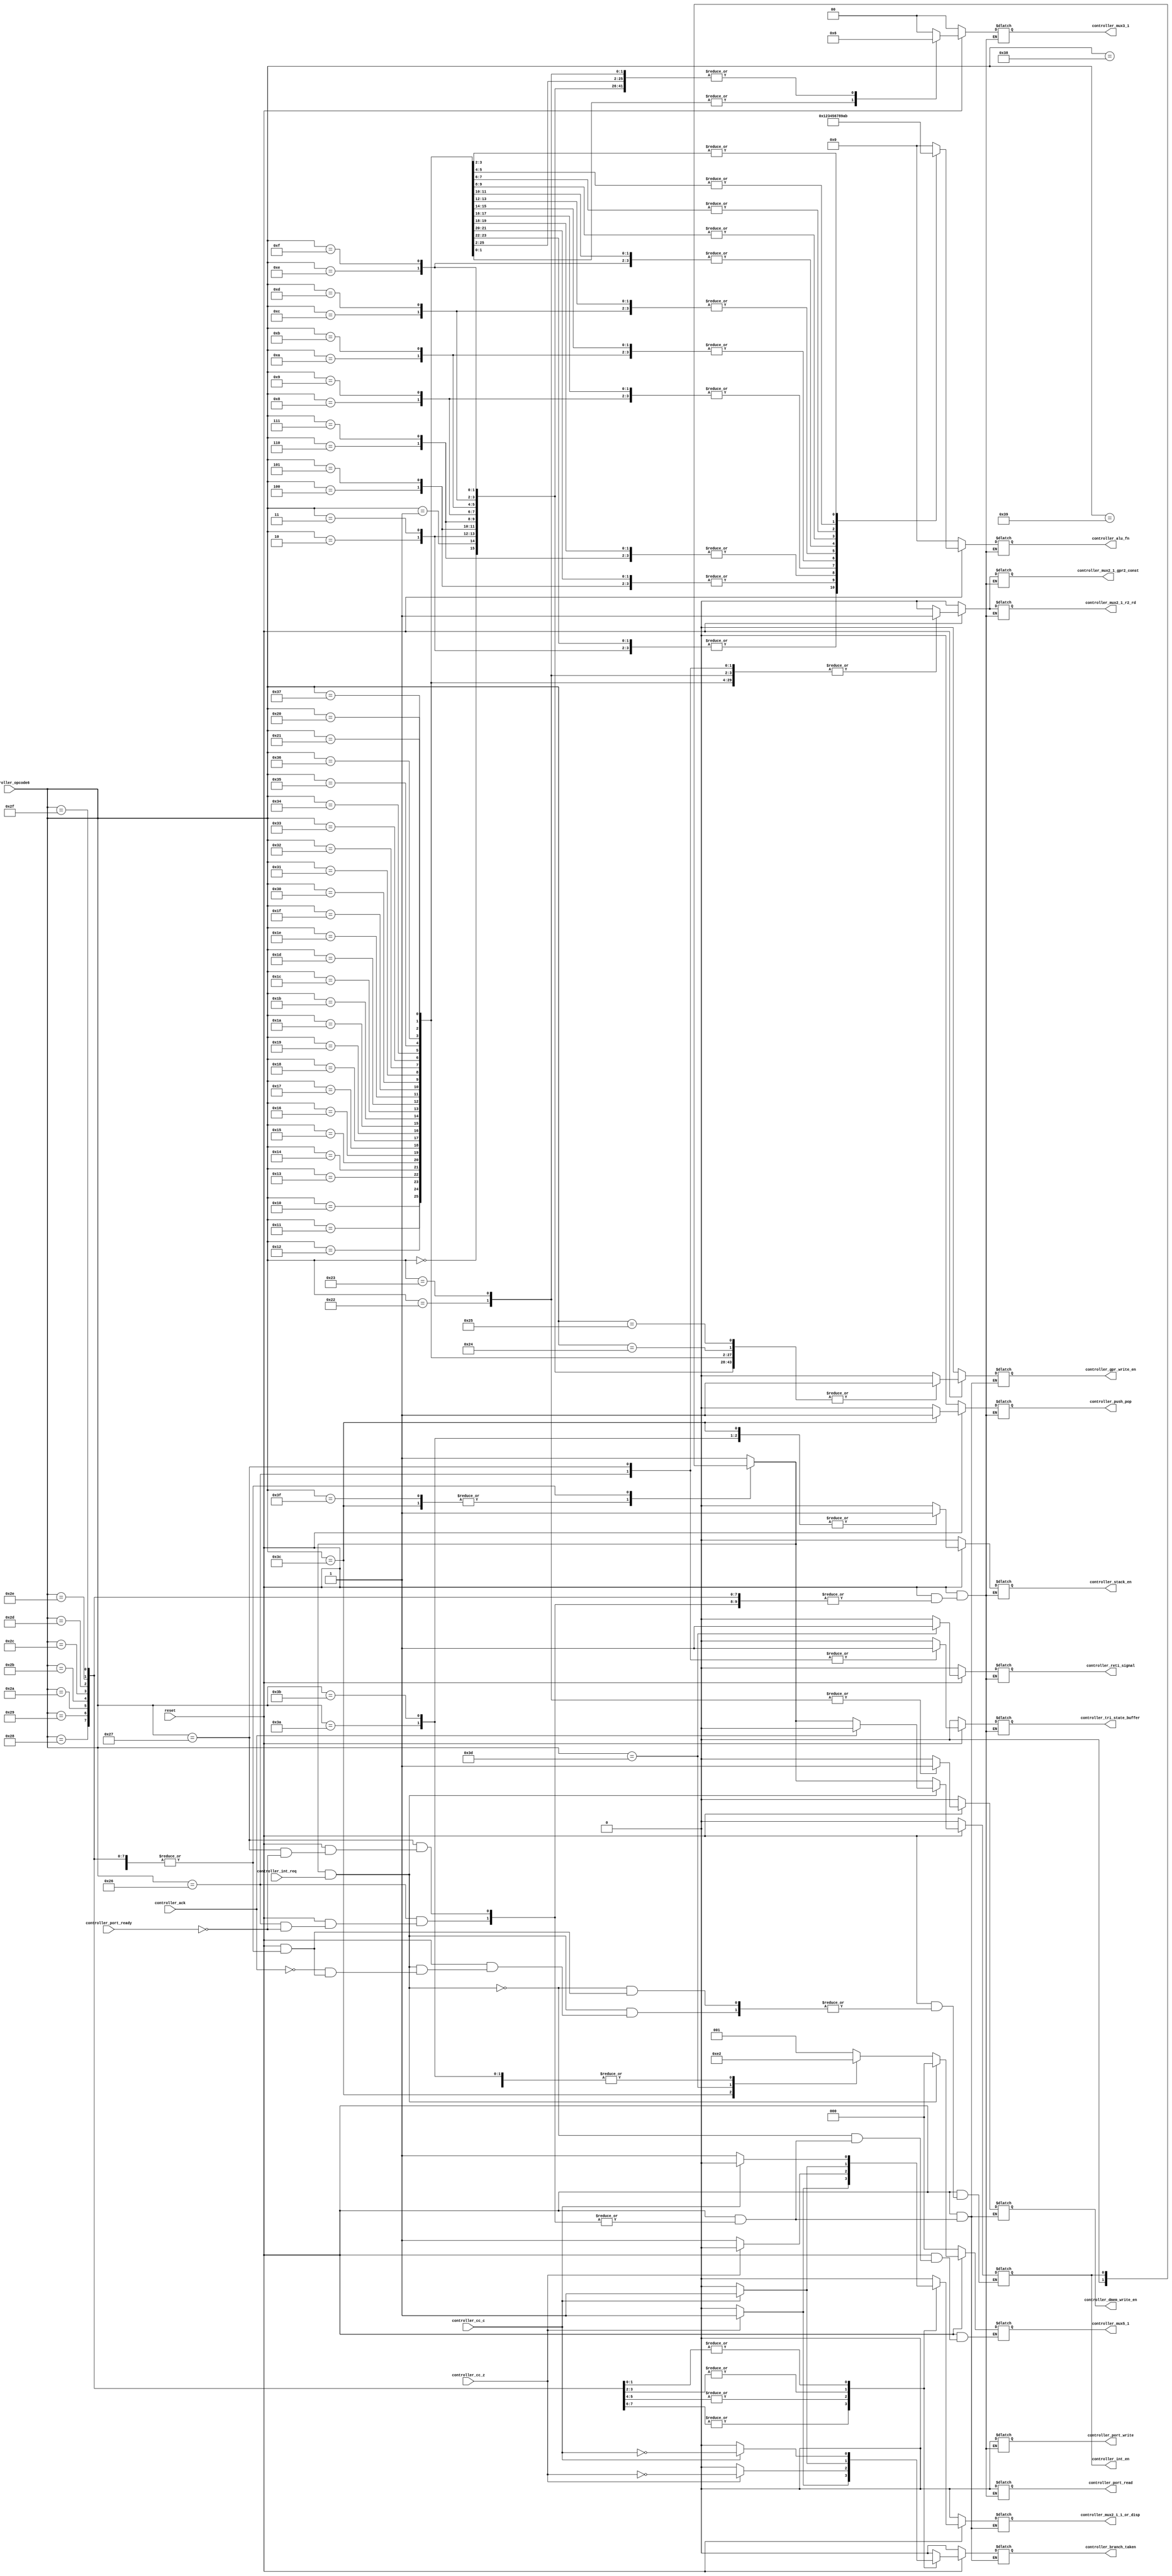
`timescale 1ps/1ps
module controller(
                  reset,
                  controller_opcode6,
                  controller_cc_z,
                  controller_cc_c,
                  controller_int_req,
                  controller_alu_fn,
                  controller_dmem_write_en,
                  controller_mux2_1_1_or_disp,
                  controller_mux5_1,
                  controller_mux2_1_r2_rd,
                  controller_mux3_1,
                  controller_mux2_1_gpr2_const,
                  controller_gpr_write_en,
                  controller_reti_signal,
                  controller_int_en,
                  controller_port_read,
                  controller_port_write,
                  controller_push_pop,
                  controller_tri_state_buffer,
						controller_port_ready,
						controller_ack,
						controller_stack_en,
						controller_branch_taken);

parameter opcode6_width = 6;
parameter alu_fn_width  = 4;

///////////// Default /////////////

parameter d_alu_fn 				= 3'b000;
parameter d_dmem_write_en 	   = 1'b0;
parameter d_mux2_1_1_or_disp  = 1'b0;
parameter d_mux5_1 				= 3'b001;
parameter d_mux2_1_r2_rd 		= 1'b0;
parameter d_mux3_1 				= 2'b00;
parameter d_mux2_1_gpr2_const = 1'b0;
parameter d_gpr_write_en 		= 1'b0;
parameter d_reti_signal 		= 1'b0;
parameter d_int_en 				= 1'b0;
parameter d_port_write 			= 1'b0;
parameter d_port_read 			= 1'b0;
parameter d_push_pop 			= 1'b0;
parameter d_tri_state_buffer  = 1'b0;
parameter d_stack_en 			= 1'b0;
parameter d_branch_taken      = 1'b0;

///////////// Default /////////////

//input                      clk;
input                      reset;
input  [opcode6_width-1:0] controller_opcode6;// [ 5 | 4 | 3 | 2 | 1 | 0 ]
input                      controller_cc_z;
input                      controller_cc_c;
input                      controller_int_req;
input								controller_port_ready;
input                      controller_ack;
 
output [alu_fn_width-1:0]  controller_alu_fn;
output                     controller_dmem_write_en;
output         [1-1:0]     controller_mux2_1_1_or_disp;
output         [3-1:0]     controller_mux5_1;
output         [1-1:0]     controller_mux2_1_r2_rd;
output         [2-1:0]     controller_mux3_1;
output         [1-1:0]     controller_mux2_1_gpr2_const;
output                     controller_gpr_write_en;
output                     controller_reti_signal;
output                     controller_int_en;
output                     controller_port_write;
output                     controller_port_read;
output                     controller_push_pop;
output                     controller_tri_state_buffer;
output                     controller_stack_en;
output                     controller_branch_taken;

reg    [alu_fn_width-1:0]  controller_alu_fn; // 00 and 01
                           // 4'b0000 ADD
                           // 4'b0001 ADD_C
                           // 4'b0010 SUB
                           // 4'b0011 SUB_C
                           // 4'b0100 AND
                           // 4'b0101 OR
                           // 4'b0110 XOR
                           // 4'b0111 MSK
                           
                           // 4'b1000 Shift Left
                           // 4'b1001 Shift Right
                           // 4'b1010 Rotate Left
                           // 4'b1011 Rotate Right

reg                        controller_dmem_write_en;
reg         [1-1:0]        controller_mux2_1_1_or_disp; 
                           // 0: 1 for increment programcounter 
                           // 1: disp for branch
                          
reg         [3-1:0]        controller_mux5_1;
                           // 0: 1 for interrupt 
                           // 1: feedback current pc value + 1:: default
                           // 2: pc_address for jump instruction
                           // 3: return pc_address from stack
                           // 4: return pc_address from interrupt
                          
reg         [1-1:0]        controller_mux2_1_r2_rd;
                           // 0: instruction address_r2 to GPR address_r2 :: default
                           // 1: instruction address_rd to GPR address_r2
                          
reg         [2-1:0]        controller_mux3_1;
                           // 0: write value from port_data input for INP
                           // 1: write value from dmem_out LDM
                           // 2: write value from alu_result STM
      
reg         [1-1:0]        controller_mux2_1_gpr2_const;
                           // 0: gpr2 selected :: default
                           // 1: const selected
reg                        controller_gpr_write_en;
reg                        controller_reti_signal;
reg                        controller_int_en;
reg								controller_int_en_temp; //Internal Reg
reg                        controller_port_write;
reg                        controller_port_read;
reg                        controller_push_pop;
                           //0 : push
                           //1 : pop
reg                        controller_tri_state_buffer;

reg                        controller_branch_taken;

reg                        controller_stack_en;


always@(				reset 							 or
                  controller_opcode6			 or
                  controller_cc_z				 or
                  controller_cc_c	   		 or
                  controller_int_req			 or
                  controller_alu_fn				 or
                  controller_dmem_write_en 	 or
                  controller_mux2_1_1_or_disp or
                  controller_mux5_1				 or
                  controller_mux2_1_r2_rd		 or
                  controller_mux3_1				 or
                  controller_mux2_1_gpr2_const or
                  controller_gpr_write_en or
                  controller_reti_signal or
                  controller_int_en or
                  controller_port_read or
                  controller_port_write or
                  controller_push_pop or
                  controller_tri_state_buffer or
						controller_port_ready or
						controller_ack or
						controller_stack_en or
						controller_branch_taken)
begin
    if(!reset)
    begin
      controller_alu_fn            = 3'b000;
      controller_dmem_write_en     = 1'b0;
      controller_mux2_1_1_or_disp  = 1'b0;
      controller_mux5_1            = 3'b000;
      controller_mux2_1_r2_rd      = 1'b0;
      controller_mux3_1            = 2'b00;
      controller_mux2_1_gpr2_const = 1'b0;
      controller_gpr_write_en      = 1'b0;
      controller_reti_signal       = 1'b0;
      controller_int_en            = 1'b0;
      controller_port_write        = 1'b0;
      controller_port_read         = 1'b0;
      controller_push_pop          = 1'b0;
      controller_tri_state_buffer  = 1'b0;
      controller_stack_en          = 1'b0;
      controller_branch_taken	     = 1'b0;
    end
    
    else
    begin
    $display("OPCODE: %b", controller_opcode6);
	 
    case(controller_opcode6)	 
      6'b111110 : begin
                    $display("Miscellaneous : ENAI");
						  controller_alu_fn 				 = d_alu_fn;           
						  controller_dmem_write_en 	 = d_dmem_write_en;   
						  controller_mux2_1_1_or_disp  = d_mux2_1_1_or_disp;
						  controller_mux5_1 				 = 3'b001;          
						  controller_mux2_1_r2_rd 		 = d_mux2_1_r2_rd;    
						  controller_mux3_1 				 = d_mux3_1;          
						  controller_mux2_1_gpr2_const = d_mux2_1_gpr2_const;
						  controller_gpr_write_en 		 = d_gpr_write_en;    
						  controller_reti_signal 		 = 1'b0;      
						  controller_int_en 				 = 1'b1;       
						  controller_port_write 		 = d_port_write;      
						  controller_port_read 			 = d_port_read;       
						  controller_push_pop  			 = d_push_pop;       
						  controller_tri_state_buffer  = d_tri_state_buffer;
						  controller_stack_en 			 = d_stack_en;
						  controller_branch_taken	    = 1'b0;	  
                  end
                  
      6'b111100 : begin
                    $display("Miscellaneous : RET");
						  controller_alu_fn 				 = d_alu_fn;           
						  controller_dmem_write_en 	 = d_dmem_write_en;   
						  controller_mux2_1_1_or_disp  = d_mux2_1_1_or_disp;
						  controller_mux5_1 				 = 3'b011; // 3: return pc_address from stack
						  controller_mux2_1_r2_rd 		 = d_mux2_1_r2_rd;    
						  controller_mux3_1 				 = d_mux3_1;          
						  controller_mux2_1_gpr2_const = d_mux2_1_gpr2_const;
						  controller_gpr_write_en 		 = d_gpr_write_en;    
						  controller_reti_signal 		 = d_reti_signal;      
						  controller_int_en 				 = d_int_en;       
						  controller_port_write 		 = d_port_write;      
						  controller_port_read 			 = d_port_read;       
						  controller_push_pop  			 = 1'b1; //POP top stack       
						  controller_tri_state_buffer  = d_tri_state_buffer;
						  controller_stack_en 			 = 1'b1;
						  controller_branch_taken	    = 1'b0;
                  end
                  
      6'b111101 : begin
                    $display("Miscellaneous : RETI");
						  controller_alu_fn 				 = d_alu_fn;           
						  controller_dmem_write_en 	 = d_dmem_write_en;   
						  controller_mux2_1_1_or_disp  = d_mux2_1_1_or_disp;
						  controller_mux5_1 				 = 3'b100; // 4: return pc_address from interrupt          
						  controller_mux2_1_r2_rd 		 = d_mux2_1_r2_rd;    
						  controller_mux3_1 				 = d_mux3_1;          
						  controller_mux2_1_gpr2_const = d_mux2_1_gpr2_const;
						  controller_gpr_write_en 		 = d_gpr_write_en;    
						  controller_reti_signal 		 = 1'b1;      
						  controller_int_en 				 = 1'b1;       
						  controller_port_write 		 = d_port_write;      
						  controller_port_read 			 = d_port_read;       
						  controller_push_pop  			 = d_push_pop;       
						  controller_tri_state_buffer  = d_tri_state_buffer;
						  controller_stack_en 			 = d_stack_en;
						  controller_branch_taken	    = 1'b0;
                  end
                  
      6'b111111 : begin
                    $display("Miscellaneous : DISI");
						  controller_alu_fn 				 = d_alu_fn;           
						  controller_dmem_write_en 	 = d_dmem_write_en;   
						  controller_mux2_1_1_or_disp  = d_mux2_1_1_or_disp;
						  controller_mux5_1 				 = d_mux5_1;          
						  controller_mux2_1_r2_rd 		 = d_mux2_1_r2_rd;    
						  controller_mux3_1 				 = d_mux3_1;          
						  controller_mux2_1_gpr2_const = d_mux2_1_gpr2_const;
						  controller_gpr_write_en 		 = d_gpr_write_en;    
						  controller_reti_signal 		 = d_reti_signal;      
						  controller_int_en 				 = 1'b0;       
						  controller_port_write 		 = d_port_write;      
						  controller_port_read 			 = d_port_read;       
						  controller_push_pop  			 = d_push_pop;       
						  controller_tri_state_buffer  = d_tri_state_buffer;
						  controller_stack_en 			 = d_stack_en;
						  controller_branch_taken	    = 1'b0;
                  end
                  

                  
      6'b000000 : begin
                 $display("REG-REG : ADD");
					  controller_alu_fn 				 = 4'b0000;     
					  controller_dmem_write_en 	 = 1'b0;   
					  controller_mux2_1_1_or_disp  = d_mux2_1_1_or_disp;
					  controller_mux5_1 				 = d_mux5_1;          
					  controller_mux2_1_r2_rd 		 = 1'b0; // r2 was selected   
				     controller_mux3_1 				 = 2'b10;          
					  controller_mux2_1_gpr2_const = 1'b0;// 0: gpr2 selected
					  controller_gpr_write_en 		 = 1'b1;    
					  controller_reti_signal 		 = d_reti_signal;            
					  controller_port_write 		 = d_port_write;      
					  controller_port_read 			 = d_port_read;       
					  controller_push_pop  			 = d_push_pop;       
					  controller_tri_state_buffer  = d_tri_state_buffer;
					  controller_stack_en 			 = d_stack_en;
					  controller_branch_taken	    = 1'b0;
                 end

      6'b000001 : begin
                 $display("REG-REG : ADD");
					  controller_alu_fn 				 = 4'b0000;     
					  controller_dmem_write_en 	 = 1'b0;   
					  controller_mux2_1_1_or_disp  = d_mux2_1_1_or_disp;
					  controller_mux5_1 				 = d_mux5_1;          
					  controller_mux2_1_r2_rd 		 = 1'b0; // r2 was selected   
				     controller_mux3_1 				 = 2'b10;          
					  controller_mux2_1_gpr2_const = 1'b0;// 0: gpr2 selected
					  controller_gpr_write_en 		 = 1'b1;    
					  controller_reti_signal 		 = d_reti_signal;            
					  controller_port_write 		 = d_port_write;      
					  controller_port_read 			 = d_port_read;       
					  controller_push_pop  			 = d_push_pop;       
					  controller_tri_state_buffer  = d_tri_state_buffer;
					  controller_stack_en 			 = d_stack_en;
					  controller_branch_taken	    = 1'b0;
                 end
					  
      6'b000010 : begin
                 $display("REG-REG : ADDC");
					  
					  controller_alu_fn 				 = 4'b0001;     
					  controller_dmem_write_en 	 = 1'b0;   
					  controller_mux2_1_1_or_disp  = d_mux2_1_1_or_disp;
					  controller_mux5_1 				 = d_mux5_1;          
					  controller_mux2_1_r2_rd 		 = 1'b0; // r2 was selected   
				     controller_mux3_1 				 = 2'b10;          
					  controller_mux2_1_gpr2_const = 1'b0;// 0: gpr2 selected
					  controller_gpr_write_en 		 = 1'b1;    
					  controller_reti_signal 		 = d_reti_signal;            
					  controller_port_write 		 = d_port_write;      
					  controller_port_read 			 = d_port_read;       
					  controller_push_pop  			 = d_push_pop;       
					  controller_tri_state_buffer  = d_tri_state_buffer;
					  controller_stack_en 			 = d_stack_en;
					  controller_branch_taken	    = 1'b0;
                 end
 
      6'b000011 : begin
                 $display("REG-REG : ADDC");
					  
					  controller_alu_fn 				 = 4'b0001;     
					  controller_dmem_write_en 	 = 1'b0;   
					  controller_mux2_1_1_or_disp  = d_mux2_1_1_or_disp;
					  controller_mux5_1 				 = d_mux5_1;          
					  controller_mux2_1_r2_rd 		 = 1'b0; // r2 was selected   
				     controller_mux3_1 				 = 2'b10;          
					  controller_mux2_1_gpr2_const = 1'b0;// 0: gpr2 selected
					  controller_gpr_write_en 		 = 1'b1;    
					  controller_reti_signal 		 = d_reti_signal;            
					  controller_port_write 		 = d_port_write;      
					  controller_port_read 			 = d_port_read;       
					  controller_push_pop  			 = d_push_pop;       
					  controller_tri_state_buffer  = d_tri_state_buffer;
					  controller_stack_en 			 = d_stack_en;
					  controller_branch_taken	    = 1'b0;
                 end
 
      6'b000100 : begin
                 $display("REG-REG : SUB");
					  
					  controller_alu_fn 				 = 4'b0010;     
					  controller_dmem_write_en 	 = 1'b0;   
					  controller_mux2_1_1_or_disp  = d_mux2_1_1_or_disp;
					  controller_mux5_1 				 = d_mux5_1;          
					  controller_mux2_1_r2_rd 		 = 1'b0; // r2 was selected   
				     controller_mux3_1 				 = 2'b10;          
					  controller_mux2_1_gpr2_const = 1'b0;// 0: gpr2 selected
					  controller_gpr_write_en 		 = 1'b1;    
					  controller_reti_signal 		 = d_reti_signal;            
					  controller_port_write 		 = d_port_write;      
					  controller_port_read 			 = d_port_read;       
					  controller_push_pop  			 = d_push_pop;       
					  controller_tri_state_buffer  = d_tri_state_buffer;
					  controller_stack_en 			 = d_stack_en;
					  controller_branch_taken	    = 1'b0;
                 end
					  
      6'b000101 : begin
                 $display("REG-REG : SUB");
					  
					  controller_alu_fn 				 = 4'b0010;     
					  controller_dmem_write_en 	 = 1'b0;   
					  controller_mux2_1_1_or_disp  = d_mux2_1_1_or_disp;
					  controller_mux5_1 				 = d_mux5_1;          
					  controller_mux2_1_r2_rd 		 = 1'b0; // r2 was selected   
				     controller_mux3_1 				 = 2'b10;          
					  controller_mux2_1_gpr2_const = 1'b0;// 0: gpr2 selected
					  controller_gpr_write_en 		 = 1'b1;    
					  controller_reti_signal 		 = d_reti_signal;            
					  controller_port_write 		 = d_port_write;      
					  controller_port_read 			 = d_port_read;       
					  controller_push_pop  			 = d_push_pop;       
					  controller_tri_state_buffer  = d_tri_state_buffer;
					  controller_stack_en 			 = d_stack_en;
					  controller_branch_taken	    = 1'b0;
                 end
                 
      6'b000110 : begin
                 $display("REG-REG : SUBC");
					  
					  controller_alu_fn 				 = 4'b0011;     
					  controller_dmem_write_en 	 = 1'b0;   
					  controller_mux2_1_1_or_disp  = d_mux2_1_1_or_disp;
					  controller_mux5_1 				 = d_mux5_1;          
					  controller_mux2_1_r2_rd 		 = 1'b0; // r2 was selected   
				     controller_mux3_1 				 = 2'b10;          
					  controller_mux2_1_gpr2_const = 1'b0;// 0: gpr2 selected
					  controller_gpr_write_en 		 = 1'b1;    
					  controller_reti_signal 		 = d_reti_signal;            
					  controller_port_write 		 = d_port_write;      
					  controller_port_read 			 = d_port_read;       
					  controller_push_pop  			 = d_push_pop;       
					  controller_tri_state_buffer  = d_tri_state_buffer;
					  controller_stack_en 			 = d_stack_en;
					  controller_branch_taken	    = 1'b0;
                 end

      6'b000111 : begin
                 $display("REG-REG : SUBC");
					  
					  controller_alu_fn 				 = 4'b0011;     
					  controller_dmem_write_en 	 = 1'b0;   
					  controller_mux2_1_1_or_disp  = d_mux2_1_1_or_disp;
					  controller_mux5_1 				 = d_mux5_1;          
					  controller_mux2_1_r2_rd 		 = 1'b0; // r2 was selected   
				     controller_mux3_1 				 = 2'b10;          
					  controller_mux2_1_gpr2_const = 1'b0;// 0: gpr2 selected
					  controller_gpr_write_en 		 = 1'b1;    
					  controller_reti_signal 		 = d_reti_signal;            
					  controller_port_write 		 = d_port_write;      
					  controller_port_read 			 = d_port_read;       
					  controller_push_pop  			 = d_push_pop;       
					  controller_tri_state_buffer  = d_tri_state_buffer;
					  controller_stack_en 			 = d_stack_en;
					  controller_branch_taken	    = 1'b0;
                 end
                 
      6'b001000 : begin
                 $display("REG-REG : AND");
					  
					  controller_alu_fn 				 = 4'b0100;     
					  controller_dmem_write_en 	 = 1'b0;   
					  controller_mux2_1_1_or_disp  = d_mux2_1_1_or_disp;
					  controller_mux5_1 				 = d_mux5_1;          
					  controller_mux2_1_r2_rd 		 = 1'b0; // r2 was selected   
				     controller_mux3_1 				 = 2'b10;          
					  controller_mux2_1_gpr2_const = 1'b0;// 0: gpr2 selected
					  controller_gpr_write_en 		 = 1'b1;    
					  controller_reti_signal 		 = d_reti_signal;            
					  controller_port_write 		 = d_port_write;      
					  controller_port_read 			 = d_port_read;       
					  controller_push_pop  			 = d_push_pop;       
					  controller_tri_state_buffer  = d_tri_state_buffer;
					  controller_stack_en 			 = d_stack_en;
					  controller_branch_taken	    = 1'b0;
                 end
 
      6'b001001 : begin
                 $display("REG-REG : AND");
					  
					  controller_alu_fn 				 = 4'b0100;     
					  controller_dmem_write_en 	 = 1'b0;   
					  controller_mux2_1_1_or_disp  = d_mux2_1_1_or_disp;
					  controller_mux5_1 				 = d_mux5_1;          
					  controller_mux2_1_r2_rd 		 = 1'b0; // r2 was selected   
				     controller_mux3_1 				 = 2'b10;          
					  controller_mux2_1_gpr2_const = 1'b0;// 0: gpr2 selected
					  controller_gpr_write_en 		 = 1'b1;    
					  controller_reti_signal 		 = d_reti_signal;            
					  controller_port_write 		 = d_port_write;      
					  controller_port_read 			 = d_port_read;       
					  controller_push_pop  			 = d_push_pop;       
					  controller_tri_state_buffer  = d_tri_state_buffer;
					  controller_stack_en 			 = d_stack_en;
					  controller_branch_taken	    = 1'b0;
                 end
 
      6'b001010 : begin
                 $display("REG-REG : OR");
					  
					  controller_alu_fn 				 = 4'b0101;     
					  controller_dmem_write_en 	 = 1'b0;   
					  controller_mux2_1_1_or_disp  = d_mux2_1_1_or_disp;
					  controller_mux5_1 				 = d_mux5_1;          
					  controller_mux2_1_r2_rd 		 = 1'b0; // r2 was selected   
				     controller_mux3_1 				 = 2'b10;          
					  controller_mux2_1_gpr2_const = 1'b0;// 0: gpr2 selected
					  controller_gpr_write_en 		 = 1'b1;    
					  controller_reti_signal 		 = d_reti_signal;            
					  controller_port_write 		 = d_port_write;      
					  controller_port_read 			 = d_port_read;       
					  controller_push_pop  			 = d_push_pop;       
					  controller_tri_state_buffer  = d_tri_state_buffer;
					  controller_stack_en 			 = d_stack_en;
					  controller_branch_taken	    = 1'b0;
                 end

      6'b001011 : begin
                 $display("REG-REG : OR");
					  
					  controller_alu_fn 				 = 4'b0101;     
					  controller_dmem_write_en 	 = 1'b0;   
					  controller_mux2_1_1_or_disp  = d_mux2_1_1_or_disp;
					  controller_mux5_1 				 = d_mux5_1;          
					  controller_mux2_1_r2_rd 		 = 1'b0; // r2 was selected   
				     controller_mux3_1 				 = 2'b10;          
					  controller_mux2_1_gpr2_const = 1'b0;// 0: gpr2 selected
					  controller_gpr_write_en 		 = 1'b1;    
					  controller_reti_signal 		 = d_reti_signal;            
					  controller_port_write 		 = d_port_write;      
					  controller_port_read 			 = d_port_read;       
					  controller_push_pop  			 = d_push_pop;       
					  controller_tri_state_buffer  = d_tri_state_buffer;
					  controller_stack_en 			 = d_stack_en;
					  controller_branch_taken	    = 1'b0;
                 end
                 
      6'b001100 : begin
                 $display("REG-REG : XOR");
					  
					  controller_alu_fn 				 = 4'b0110;     
					  controller_dmem_write_en 	 = 1'b0;   
					  controller_mux2_1_1_or_disp  = d_mux2_1_1_or_disp;
					  controller_mux5_1 				 = d_mux5_1;          
					  controller_mux2_1_r2_rd 		 = 1'b0; // r2 was selected   
				     controller_mux3_1 				 = 2'b10;          
					  controller_mux2_1_gpr2_const = 1'b0;// 0: gpr2 selected
					  controller_gpr_write_en 		 = 1'b1;    
					  controller_reti_signal 		 = d_reti_signal;            
					  controller_port_write 		 = d_port_write;      
					  controller_port_read 			 = d_port_read;       
					  controller_push_pop  			 = d_push_pop;       
					  controller_tri_state_buffer  = d_tri_state_buffer;
					  controller_stack_en 			 = d_stack_en;
					  controller_branch_taken	    = 1'b0;
                 end

      6'b001101 : begin
                 $display("REG-REG : XOR");
					  
					  controller_alu_fn 				 = 4'b0110;     
					  controller_dmem_write_en 	 = 1'b0;   
					  controller_mux2_1_1_or_disp  = d_mux2_1_1_or_disp;
					  controller_mux5_1 				 = d_mux5_1;          
					  controller_mux2_1_r2_rd 		 = 1'b0; // r2 was selected   
				     controller_mux3_1 				 = 2'b10;          
					  controller_mux2_1_gpr2_const = 1'b0;// 0: gpr2 selected
					  controller_gpr_write_en 		 = 1'b1;    
					  controller_reti_signal 		 = d_reti_signal;            
					  controller_port_write 		 = d_port_write;      
					  controller_port_read 			 = d_port_read;       
					  controller_push_pop  			 = d_push_pop;       
					  controller_tri_state_buffer  = d_tri_state_buffer;
					  controller_stack_en 			 = d_stack_en;
					  controller_branch_taken	    = 1'b0;
                 end
                 
      6'b001110 : begin
                 $display("REG-REG : MSK");
					  
					  controller_alu_fn 				 = 4'b0111;     
					  controller_dmem_write_en 	 = 1'b0;   
					  controller_mux2_1_1_or_disp  = d_mux2_1_1_or_disp;
					  controller_mux5_1 				 = d_mux5_1;          
					  controller_mux2_1_r2_rd 		 = 1'b0; // r2 was selected   
				     controller_mux3_1 				 = 2'b10;          
					  controller_mux2_1_gpr2_const = 1'b0;// 0: gpr2 selected
					  controller_gpr_write_en 		 = 1'b1;    
					  controller_reti_signal 		 = d_reti_signal;            
					  controller_port_write 		 = d_port_write;      
					  controller_port_read 			 = d_port_read;       
					  controller_push_pop  			 = d_push_pop;       
					  controller_tri_state_buffer  = d_tri_state_buffer;
					  controller_stack_en 			 = d_stack_en;
					  controller_branch_taken	    = 1'b0;
                 end
      6'b001111 : begin
                 $display("REG-REG : MSK");
					  
					  controller_alu_fn 				 = 4'b0111;     
					  controller_dmem_write_en 	 = 1'b0;   
					  controller_mux2_1_1_or_disp  = d_mux2_1_1_or_disp;
					  controller_mux5_1 				 = d_mux5_1;          
					  controller_mux2_1_r2_rd 		 = 1'b0; // r2 was selected   
				     controller_mux3_1 				 = 2'b10;          
					  controller_mux2_1_gpr2_const = 1'b0;// 0: gpr2 selected
					  controller_gpr_write_en 		 = 1'b1;    
					  controller_reti_signal 		 = d_reti_signal;            
					  controller_port_write 		 = d_port_write;      
					  controller_port_read 			 = d_port_read;       
					  controller_push_pop  			 = d_push_pop;       
					  controller_tri_state_buffer  = d_tri_state_buffer;
					  controller_stack_en 			 = d_stack_en;
					  controller_branch_taken	    = 1'b0;
                 end
					  
      6'b010000 : begin
                 $display("REG-IMMED : ADD");
					  
					  controller_alu_fn 				 = 4'b0000;     
					  controller_dmem_write_en 	 = 1'b0;   
					  controller_mux2_1_1_or_disp  = d_mux2_1_1_or_disp;
					  controller_mux5_1 				 = d_mux5_1;          
					  controller_mux2_1_r2_rd 		 = 1'b1; // rd was selected   
				     controller_mux3_1 				 = 2'b10;          
					  controller_mux2_1_gpr2_const = 1'b1;// 1: const selected
					  controller_gpr_write_en 		 = 1'b1;    
					  controller_reti_signal 		 = d_reti_signal;            
					  controller_port_write 		 = d_port_write;      
					  controller_port_read 			 = d_port_read;       
					  controller_push_pop  			 = d_push_pop;       
					  controller_tri_state_buffer  = d_tri_state_buffer;
					  controller_stack_en 			 = d_stack_en;
					  controller_branch_taken	    = 1'b0;
                 end

      6'b010001 : begin
                 $display("REG-IMMED : ADD");
					  
					  controller_alu_fn 				 = 4'b0000;     
					  controller_dmem_write_en 	 = 1'b0;   
					  controller_mux2_1_1_or_disp  = d_mux2_1_1_or_disp;
					  controller_mux5_1 				 = d_mux5_1;          
					  controller_mux2_1_r2_rd 		 = 1'b1; // rd was selected   
				     controller_mux3_1 				 = 2'b10;          
					  controller_mux2_1_gpr2_const = 1'b1;// 1: const selected
					  controller_gpr_write_en 		 = 1'b1;    
					  controller_reti_signal 		 = d_reti_signal;            
					  controller_port_write 		 = d_port_write;      
					  controller_port_read 			 = d_port_read;       
					  controller_push_pop  			 = d_push_pop;       
					  controller_tri_state_buffer  = d_tri_state_buffer;
					  controller_stack_en 			 = d_stack_en;
					  controller_branch_taken	    = 1'b0;
                 end
					  
      6'b010010 : begin
                 $display("REG-IMMED : ADDC");
					  
					  controller_alu_fn 				 = 4'b0001;     
					  controller_dmem_write_en 	 = 1'b0;   
					  controller_mux2_1_1_or_disp  = d_mux2_1_1_or_disp;
					  controller_mux5_1 				 = d_mux5_1;          
					  controller_mux2_1_r2_rd 		 = 1'b1; // rd was selected   
				     controller_mux3_1 				 = 2'b10;          
					  controller_mux2_1_gpr2_const = 1'b1;// 1: const selected
					  controller_gpr_write_en 		 = 1'b1;    
					  controller_reti_signal 		 = d_reti_signal;            
					  controller_port_write 		 = d_port_write;      
					  controller_port_read 			 = d_port_read;       
					  controller_push_pop  			 = d_push_pop;       
					  controller_tri_state_buffer  = d_tri_state_buffer;
					  controller_stack_en 			 = d_stack_en;
					  controller_branch_taken	    = 1'b0;
                 end

      6'b010011 : begin
                 $display("REG-IMMED : ADDC");
					  
					  controller_alu_fn 				 = 4'b0001;     
					  controller_dmem_write_en 	 = 1'b0;   
					  controller_mux2_1_1_or_disp  = d_mux2_1_1_or_disp;
					  controller_mux5_1 				 = d_mux5_1;          
					  controller_mux2_1_r2_rd 		 = 1'b1; // rd was selected   
				     controller_mux3_1 				 = 2'b10;          
					  controller_mux2_1_gpr2_const = 1'b1;// 1: const selected
					  controller_gpr_write_en 		 = 1'b1;    
					  controller_reti_signal 		 = d_reti_signal;            
					  controller_port_write 		 = d_port_write;      
					  controller_port_read 			 = d_port_read;       
					  controller_push_pop  			 = d_push_pop;       
					  controller_tri_state_buffer  = d_tri_state_buffer;
					  controller_stack_en 			 = d_stack_en;
					  controller_branch_taken	    = 1'b0;
                 end
                 
      6'b010100 : begin
                 $display("REG-IMMED : SUB");
                 
					  controller_alu_fn 				 = 4'b0010;     
					  controller_dmem_write_en 	 = 1'b0;   
					  controller_mux2_1_1_or_disp  = d_mux2_1_1_or_disp;
					  controller_mux5_1 				 = d_mux5_1;          
					  controller_mux2_1_r2_rd 		 = 1'b1; // rd was selected   
				     controller_mux3_1 				 = 2'b10;          
					  controller_mux2_1_gpr2_const = 1'b1;// 1: const selected
					  controller_gpr_write_en 		 = 1'b1;    
					  controller_reti_signal 		 = d_reti_signal;            
					  controller_port_write 		 = d_port_write;      
					  controller_port_read 			 = d_port_read;       
					  controller_push_pop  			 = d_push_pop;       
					  controller_tri_state_buffer  = d_tri_state_buffer;
					  controller_stack_en 			 = d_stack_en;
					  controller_branch_taken	    = 1'b0;
                 end

      6'b010101 : begin
                 $display("REG-IMMED : SUB");
                 
					  controller_alu_fn 				 = 4'b0010;     
					  controller_dmem_write_en 	 = 1'b0;   
					  controller_mux2_1_1_or_disp  = d_mux2_1_1_or_disp;
					  controller_mux5_1 				 = d_mux5_1;          
					  controller_mux2_1_r2_rd 		 = 1'b1; // rd was selected   
				     controller_mux3_1 				 = 2'b10;          
					  controller_mux2_1_gpr2_const = 1'b1;// 1: const selected
					  controller_gpr_write_en 		 = 1'b1;    
					  controller_reti_signal 		 = d_reti_signal;            
					  controller_port_write 		 = d_port_write;      
					  controller_port_read 			 = d_port_read;       
					  controller_push_pop  			 = d_push_pop;       
					  controller_tri_state_buffer  = d_tri_state_buffer;
					  controller_stack_en 			 = d_stack_en;
					  controller_branch_taken	    = 1'b0;
                 end
					  
      6'b010110 : begin
                 $display("REG-IMMED : SUBC");
					  
					  controller_alu_fn 				 = 4'b0011;     
					  controller_dmem_write_en 	 = 1'b0;   
					  controller_mux2_1_1_or_disp  = d_mux2_1_1_or_disp;
					  controller_mux5_1 				 = d_mux5_1;          
					  controller_mux2_1_r2_rd 		 = 1'b1; // rd was selected   
				     controller_mux3_1 				 = 2'b10;          
					  controller_mux2_1_gpr2_const = 1'b1;// 1: const selected
					  controller_gpr_write_en 		 = 1'b1;    
					  controller_reti_signal 		 = d_reti_signal;            
					  controller_port_write 		 = d_port_write;      
					  controller_port_read 			 = d_port_read;       
					  controller_push_pop  			 = d_push_pop;       
					  controller_tri_state_buffer  = d_tri_state_buffer;
					  controller_stack_en 			 = d_stack_en;
					  controller_branch_taken	    = 1'b0;
                 end
 
      6'b010111 : begin
                 $display("REG-IMMED : SUBC");
					  
					  controller_alu_fn 				 = 4'b0011;     
					  controller_dmem_write_en 	 = 1'b0;   
					  controller_mux2_1_1_or_disp  = d_mux2_1_1_or_disp;
					  controller_mux5_1 				 = d_mux5_1;          
					  controller_mux2_1_r2_rd 		 = 1'b1; // rd was selected   
				     controller_mux3_1 				 = 2'b10;          
					  controller_mux2_1_gpr2_const = 1'b1;// 1: const selected
					  controller_gpr_write_en 		 = 1'b1;    
					  controller_reti_signal 		 = d_reti_signal;            
					  controller_port_write 		 = d_port_write;      
					  controller_port_read 			 = d_port_read;       
					  controller_push_pop  			 = d_push_pop;       
					  controller_tri_state_buffer  = d_tri_state_buffer;
					  controller_stack_en 			 = d_stack_en;
					  controller_branch_taken	    = 1'b0;
                 end
 
      6'b011000 : begin
                 $display("REG-IMMED : AND");
					  
					  controller_alu_fn 				 = 4'b0100;     
					  controller_dmem_write_en 	 = 1'b0;   
					  controller_mux2_1_1_or_disp  = d_mux2_1_1_or_disp;
					  controller_mux5_1 				 = d_mux5_1;          
					  controller_mux2_1_r2_rd 		 = 1'b1; // rd was selected   
				     controller_mux3_1 				 = 2'b10;          
					  controller_mux2_1_gpr2_const = 1'b1;// 1: const selected
					  controller_gpr_write_en 		 = 1'b1;    
					  controller_reti_signal 		 = d_reti_signal;            
					  controller_port_write 		 = d_port_write;      
					  controller_port_read 			 = d_port_read;       
					  controller_push_pop  			 = d_push_pop;       
					  controller_tri_state_buffer  = d_tri_state_buffer;
					  controller_stack_en 			 = d_stack_en;
					  controller_branch_taken	    = 1'b0;
                 end

      6'b011001 : begin
                 $display("REG-IMMED : AND");
					  
					  controller_alu_fn 				 = 4'b0100;     
					  controller_dmem_write_en 	 = 1'b0;   
					  controller_mux2_1_1_or_disp  = d_mux2_1_1_or_disp;
					  controller_mux5_1 				 = d_mux5_1;          
					  controller_mux2_1_r2_rd 		 = 1'b1; // rd was selected   
				     controller_mux3_1 				 = 2'b10;          
					  controller_mux2_1_gpr2_const = 1'b1;// 1: const selected
					  controller_gpr_write_en 		 = 1'b1;    
					  controller_reti_signal 		 = d_reti_signal;            
					  controller_port_write 		 = d_port_write;      
					  controller_port_read 			 = d_port_read;       
					  controller_push_pop  			 = d_push_pop;       
					  controller_tri_state_buffer  = d_tri_state_buffer;
					  controller_stack_en 			 = d_stack_en;
					  controller_branch_taken	    = 1'b0;
                 end
                 
      6'b011010 : begin
                 $display("REG-IMMED : OR");
					  
					  controller_alu_fn 				 = 4'b0101;     
					  controller_dmem_write_en 	 = 1'b0;   
					  controller_mux2_1_1_or_disp  = d_mux2_1_1_or_disp;
					  controller_mux5_1 				 = d_mux5_1;          
					  controller_mux2_1_r2_rd 		 = 1'b1; // rd was selected   
				     controller_mux3_1 				 = 2'b10;          
					  controller_mux2_1_gpr2_const = 1'b1;// 1: const selected
					  controller_gpr_write_en 		 = 1'b1;    
					  controller_reti_signal 		 = d_reti_signal;            
					  controller_port_write 		 = d_port_write;      
					  controller_port_read 			 = d_port_read;       
					  controller_push_pop  			 = d_push_pop;       
					  controller_tri_state_buffer  = d_tri_state_buffer;
					  controller_stack_en 			 = d_stack_en;
					  controller_branch_taken	    = 1'b0;
                 end

      6'b011011 : begin
                 $display("REG-IMMED : OR");
					  
					  controller_alu_fn 				 = 4'b0101;     
					  controller_dmem_write_en 	 = 1'b0;   
					  controller_mux2_1_1_or_disp  = d_mux2_1_1_or_disp;
					  controller_mux5_1 				 = d_mux5_1;          
					  controller_mux2_1_r2_rd 		 = 1'b1; // rd was selected   
				     controller_mux3_1 				 = 2'b10;          
					  controller_mux2_1_gpr2_const = 1'b1;// 1: const selected
					  controller_gpr_write_en 		 = 1'b1;    
					  controller_reti_signal 		 = d_reti_signal;            
					  controller_port_write 		 = d_port_write;      
					  controller_port_read 			 = d_port_read;       
					  controller_push_pop  			 = d_push_pop;       
					  controller_tri_state_buffer  = d_tri_state_buffer;
					  controller_stack_en 			 = d_stack_en;
					  controller_branch_taken	    = 1'b0;
                 end
                 
      6'b011100 : begin
                 $display("REG-IMMED : XOR");
					  
					  controller_alu_fn 				 = 4'b0110;     
					  controller_dmem_write_en 	 = 1'b0;   
					  controller_mux2_1_1_or_disp  = d_mux2_1_1_or_disp;
					  controller_mux5_1 				 = d_mux5_1;          
					  controller_mux2_1_r2_rd 		 = 1'b1; // rd was selected   
				     controller_mux3_1 				 = 2'b10;          
					  controller_mux2_1_gpr2_const = 1'b1;// 1: const selected
					  controller_gpr_write_en 		 = 1'b1;    
					  controller_reti_signal 		 = d_reti_signal;            
					  controller_port_write 		 = d_port_write;      
					  controller_port_read 			 = d_port_read;       
					  controller_push_pop  			 = d_push_pop;       
					  controller_tri_state_buffer  = d_tri_state_buffer;
					  controller_stack_en 			 = d_stack_en;
					  controller_branch_taken	    = 1'b0;
                 end

      6'b011101 : begin
                 $display("REG-IMMED : XOR");
					  
					  controller_alu_fn 				 = 4'b0110;     
					  controller_dmem_write_en 	 = 1'b0;   
					  controller_mux2_1_1_or_disp  = d_mux2_1_1_or_disp;
					  controller_mux5_1 				 = d_mux5_1;          
					  controller_mux2_1_r2_rd 		 = 1'b1; // rd was selected   
				     controller_mux3_1 				 = 2'b10;          
					  controller_mux2_1_gpr2_const = 1'b1;// 1: const selected
					  controller_gpr_write_en 		 = 1'b1;    
					  controller_reti_signal 		 = d_reti_signal;            
					  controller_port_write 		 = d_port_write;      
					  controller_port_read 			 = d_port_read;       
					  controller_push_pop  			 = d_push_pop;       
					  controller_tri_state_buffer  = d_tri_state_buffer;
					  controller_stack_en 			 = d_stack_en;
					  controller_branch_taken	    = 1'b0;
                 end
                 
      6'b011110 : begin
                 $display("REG-IMMED : MSK");
					  
					  controller_alu_fn 				 = 4'b0111;     
					  controller_dmem_write_en 	 = 1'b0;   
					  controller_mux2_1_1_or_disp  = d_mux2_1_1_or_disp;
					  controller_mux5_1 				 = d_mux5_1;          
					  controller_mux2_1_r2_rd 		 = 1'b1; // rd was selected   
				     controller_mux3_1 				 = 2'b10;          
					  controller_mux2_1_gpr2_const = 1'b1;// 1: const selected
					  controller_gpr_write_en 		 = 1'b1;    
					  controller_reti_signal 		 = d_reti_signal;            
					  controller_port_write 		 = d_port_write;      
					  controller_port_read 			 = d_port_read;       
					  controller_push_pop  			 = d_push_pop;       
					  controller_tri_state_buffer  = d_tri_state_buffer;
					  controller_stack_en 			 = d_stack_en;
					  controller_branch_taken	    = 1'b0;
                 end 

      6'b011111 : begin
                 $display("REG-IMMED : MSK");
					  
					  controller_alu_fn 				 = 4'b0111;     
					  controller_dmem_write_en 	 = 1'b0;   
					  controller_mux2_1_1_or_disp  = d_mux2_1_1_or_disp;
					  controller_mux5_1 				 = d_mux5_1;          
					  controller_mux2_1_r2_rd 		 = 1'b1; // rd was selected   
				     controller_mux3_1 				 = 2'b10;          
					  controller_mux2_1_gpr2_const = 1'b1;// 1: const selected
					  controller_gpr_write_en 		 = 1'b1;    
					  controller_reti_signal 		 = d_reti_signal;            
					  controller_port_write 		 = d_port_write;      
					  controller_port_read 			 = d_port_read;       
					  controller_push_pop  			 = d_push_pop;       
					  controller_tri_state_buffer  = d_tri_state_buffer;
					  controller_stack_en 			 = d_stack_en;
					  controller_branch_taken	    = 1'b0;
                 end 	
	
      6'b110000 : begin
                 $display("SHIFT INSTRUCTION : SHIFE LEFT");
					  
					  controller_alu_fn 				 = 4'b1000;     
					  controller_dmem_write_en 	 = 1'b0;   
					  controller_mux2_1_1_or_disp  = d_mux2_1_1_or_disp;
					  controller_mux5_1 				 = d_mux5_1;          
					  controller_mux2_1_r2_rd 		 = 1'b1; // rd was selected   
				     controller_mux3_1 				 = 2'b10;          
					  controller_mux2_1_gpr2_const = 1'b1;// 1: const selected
					  controller_gpr_write_en 		 = 1'b1;    
					  controller_reti_signal 		 = d_reti_signal;            
					  controller_port_write 		 = d_port_write;      
					  controller_port_read 			 = d_port_read;       
					  controller_push_pop  			 = d_push_pop;       
					  controller_tri_state_buffer  = d_tri_state_buffer;
					  controller_stack_en 			 = d_stack_en;
					  controller_branch_taken	    = 1'b0;
                 end

      6'b110001 : begin
                 $display("SHIFT INSTRUCTION : SHIFE LEFT");
					  
					  controller_alu_fn 				 = 4'b1000;     
					  controller_dmem_write_en 	 = 1'b0;   
					  controller_mux2_1_1_or_disp  = d_mux2_1_1_or_disp;
					  controller_mux5_1 				 = d_mux5_1;          
					  controller_mux2_1_r2_rd 		 = 1'b1; // rd was selected   
				     controller_mux3_1 				 = 2'b10;          
					  controller_mux2_1_gpr2_const = 1'b1;// 1: const selected
					  controller_gpr_write_en 		 = 1'b1;    
					  controller_reti_signal 		 = d_reti_signal;            
					  controller_port_write 		 = d_port_write;      
					  controller_port_read 			 = d_port_read;       
					  controller_push_pop  			 = d_push_pop;       
					  controller_tri_state_buffer  = d_tri_state_buffer;
					  controller_stack_en 			 = d_stack_en;
					  controller_branch_taken	    = 1'b0;
                 end	
	
      6'b110010 : begin
                 $display("SHIFT INSTRUCTION : SHIFE RIGHT");
					  
					  controller_alu_fn 				 = 4'b1001;     
					  controller_dmem_write_en 	 = 1'b0;   
					  controller_mux2_1_1_or_disp  = d_mux2_1_1_or_disp;
					  controller_mux5_1 				 = d_mux5_1;          
					  controller_mux2_1_r2_rd 		 = 1'b1; // rd was selected   
				     controller_mux3_1 				 = 2'b10;          
					  controller_mux2_1_gpr2_const = 1'b1;// 1: const selected
					  controller_gpr_write_en 		 = 1'b1;    
					  controller_reti_signal 		 = d_reti_signal;            
					  controller_port_write 		 = d_port_write;      
					  controller_port_read 			 = d_port_read;       
					  controller_push_pop  			 = d_push_pop;       
					  controller_tri_state_buffer  = d_tri_state_buffer;
					  controller_stack_en 			 = d_stack_en;
					  controller_branch_taken	    = 1'b0;
                 end

      6'b110011 : begin
                 $display("SHIFT INSTRUCTION : SHIFE RIGHT");
					  
					  controller_alu_fn 				 = 4'b1001;     
					  controller_dmem_write_en 	 = 1'b0;   
					  controller_mux2_1_1_or_disp  = d_mux2_1_1_or_disp;
					  controller_mux5_1 				 = d_mux5_1;          
					  controller_mux2_1_r2_rd 		 = 1'b1; // rd was selected   
				     controller_mux3_1 				 = 2'b10;          
					  controller_mux2_1_gpr2_const = 1'b1;// 1: const selected
					  controller_gpr_write_en 		 = 1'b1;    
					  controller_reti_signal 		 = d_reti_signal;            
					  controller_port_write 		 = d_port_write;      
					  controller_port_read 			 = d_port_read;       
					  controller_push_pop  			 = d_push_pop;       
					  controller_tri_state_buffer  = d_tri_state_buffer;
					  controller_stack_en 			 = d_stack_en;
					  controller_branch_taken	    = 1'b0;
                 end
					  
      6'b110100 : begin
                 $display("SHIFT INSTRUCTION : ROTATE LEFT");
					  
					  controller_alu_fn 				 = 4'b1010;     
					  controller_dmem_write_en 	 = 1'b0;   
					  controller_mux2_1_1_or_disp  = d_mux2_1_1_or_disp;
					  controller_mux5_1 				 = d_mux5_1;          
					  controller_mux2_1_r2_rd 		 = 1'b1; // rd was selected   
				     controller_mux3_1 				 = 2'b10;          
					  controller_mux2_1_gpr2_const = 1'b1;// 1: const selected
					  controller_gpr_write_en 		 = 1'b1;    
					  controller_reti_signal 		 = d_reti_signal;            
					  controller_port_write 		 = d_port_write;      
					  controller_port_read 			 = d_port_read;       
					  controller_push_pop  			 = d_push_pop;       
					  controller_tri_state_buffer  = d_tri_state_buffer;
					  controller_stack_en 			 = d_stack_en;
					  controller_branch_taken	    = 1'b0;
                 end

      6'b110101 : begin
                 $display("SHIFT INSTRUCTION : ROTATE LEFT");
					  
					  controller_alu_fn 				 = 4'b1010;     
					  controller_dmem_write_en 	 = 1'b0;   
					  controller_mux2_1_1_or_disp  = d_mux2_1_1_or_disp;
					  controller_mux5_1 				 = d_mux5_1;          
					  controller_mux2_1_r2_rd 		 = 1'b1; // rd was selected   
				     controller_mux3_1 				 = 2'b10;          
					  controller_mux2_1_gpr2_const = 1'b1;// 1: const selected
					  controller_gpr_write_en 		 = 1'b1;    
					  controller_reti_signal 		 = d_reti_signal;            
					  controller_port_write 		 = d_port_write;      
					  controller_port_read 			 = d_port_read;       
					  controller_push_pop  			 = d_push_pop;       
					  controller_tri_state_buffer  = d_tri_state_buffer;
					  controller_stack_en 			 = d_stack_en;
					  controller_branch_taken	    = 1'b0;
                 end
					  
     6'b110110 : begin
                 $display("SHIFT INSTRUCTION : ROTATE RIGHT");
						 
					  controller_alu_fn 				 = 4'b1011;     
					  controller_dmem_write_en 	 = 1'b0;   
					  controller_mux2_1_1_or_disp  = d_mux2_1_1_or_disp;
					  controller_mux5_1 				 = d_mux5_1;          
					  controller_mux2_1_r2_rd 		 = 1'b1; // rd was selected   
				     controller_mux3_1 				 = 2'b10;          
					  controller_mux2_1_gpr2_const = 1'b1;// 1: const selected
					  controller_gpr_write_en 		 = 1'b1;    
					  controller_reti_signal 		 = d_reti_signal;            
					  controller_port_write 		 = d_port_write;      
					  controller_port_read 			 = d_port_read;       
					  controller_push_pop  			 = d_push_pop;       
					  controller_tri_state_buffer  = d_tri_state_buffer;
					  controller_stack_en 			 = d_stack_en;
					  controller_branch_taken	    = 1'b0;           
					  end

     6'b110111 : begin
                 $display("SHIFT INSTRUCTION : ROTATE RIGHT");
						 
					  controller_alu_fn 				 = 4'b1011;     
					  controller_dmem_write_en 	 = 1'b0;   
					  controller_mux2_1_1_or_disp  = d_mux2_1_1_or_disp;
					  controller_mux5_1 				 = d_mux5_1;          
					  controller_mux2_1_r2_rd 		 = 1'b1; // rd was selected   
				     controller_mux3_1 				 = 2'b10;          
					  controller_mux2_1_gpr2_const = 1'b1;// 1: const selected
					  controller_gpr_write_en 		 = 1'b1;    
					  controller_reti_signal 		 = d_reti_signal;            
					  controller_port_write 		 = d_port_write;      
					  controller_port_read 			 = d_port_read;       
					  controller_push_pop  			 = d_push_pop;       
					  controller_tri_state_buffer  = d_tri_state_buffer;
					  controller_stack_en 			 = d_stack_en;
					  controller_branch_taken	    = 1'b0;           
					  end		
					
	  6'b100000 : begin 
                 $display("Memory I/O : LDM");
						 
					  controller_alu_fn 				 = 4'b0000;     
					  controller_dmem_write_en 	 = 1'b0;   
					  controller_mux2_1_1_or_disp  = d_mux2_1_1_or_disp;
					  controller_mux5_1 				 = d_mux5_1;          
					  controller_mux2_1_r2_rd 		 = 1'b1; // rd was selected   
				     controller_mux3_1 				 = 2'b01;          
					  controller_mux2_1_gpr2_const = 1'b1;// 1: const selected
					  controller_gpr_write_en 		 = 1'b1;    
					  controller_reti_signal 		 = d_reti_signal;            
					  controller_port_write 		 = d_port_write;      
					  controller_port_read 			 = d_port_read;       
					  controller_push_pop  			 = d_push_pop;       
					  controller_tri_state_buffer  = d_tri_state_buffer;
					  controller_stack_en 			 = d_stack_en;
					  controller_branch_taken	    = 1'b0;
                 end//LDM Load from Memory

	  6'b100001 : begin 
                 $display("Memory I/O : LDM");
						 
					  controller_alu_fn 				 = 4'b0000;     
					  controller_dmem_write_en 	 = 1'b0;   
					  controller_mux2_1_1_or_disp  = d_mux2_1_1_or_disp;
					  controller_mux5_1 				 = d_mux5_1;          
					  controller_mux2_1_r2_rd 		 = 1'b1; // rd was selected   
				     controller_mux3_1 				 = 2'b01;          
					  controller_mux2_1_gpr2_const = 1'b1;// 1: const selected
					  controller_gpr_write_en 		 = 1'b1;    
					  controller_reti_signal 		 = d_reti_signal;            
					  controller_port_write 		 = d_port_write;      
					  controller_port_read 			 = d_port_read;       
					  controller_push_pop  			 = d_push_pop;       
					  controller_tri_state_buffer  = d_tri_state_buffer;
					  controller_stack_en 			 = d_stack_en;
					  controller_branch_taken	    = 1'b0;
                 end//LDM Load from Memory
					  
     6'b100010 : begin 
                 $display("Memory I/O : STM");
						 
					  controller_alu_fn 				 = 4'b0000;     
					  controller_dmem_write_en 	 = 1'b1;   
					  controller_mux2_1_1_or_disp  = d_mux2_1_1_or_disp;
					  controller_mux5_1 				 = d_mux5_1;          
					  controller_mux2_1_r2_rd 		 = 1'b1; // rd was selected   
				     controller_mux3_1 				 = 2'b10;          
					  controller_mux2_1_gpr2_const = 1'b1;// 1: const selected
					  controller_gpr_write_en 		 = 1'b0;    
					  controller_reti_signal 		 = d_reti_signal;            
					  controller_port_write 		 = d_port_write;      
					  controller_port_read 			 = d_port_read;       
					  controller_push_pop  			 = d_push_pop;       
					  controller_tri_state_buffer  = d_tri_state_buffer;
					  controller_stack_en 			 = d_stack_en;
					  controller_branch_taken	    = 1'b0;
                 end//STM Alu Result

     6'b100011 : begin 
                 $display("Memory I/O : STM");
						 
					  controller_alu_fn 				 = 4'b0000;     
					  controller_dmem_write_en 	 = 1'b1;   
					  controller_mux2_1_1_or_disp  = d_mux2_1_1_or_disp;
					  controller_mux5_1 				 = d_mux5_1;          
					  controller_mux2_1_r2_rd 		 = 1'b1; // rd was selected   
				     controller_mux3_1 				 = 2'b10;          
					  controller_mux2_1_gpr2_const = 1'b1;// 1: const selected
					  controller_gpr_write_en 		 = 1'b0;    
					  controller_reti_signal 		 = d_reti_signal;            
					  controller_port_write 		 = d_port_write;      
					  controller_port_read 			 = d_port_read;       
					  controller_push_pop  			 = d_push_pop;       
					  controller_tri_state_buffer  = d_tri_state_buffer;
					  controller_stack_en 			 = d_stack_en;
					  controller_branch_taken	    = 1'b0;
                 end//STM Alu Result
					  
     6'b100100 : begin
                 $display("Memory I/O : INP");
						 
					  controller_alu_fn 				 = 4'b0000;     
					  controller_dmem_write_en 	 = d_dmem_write_en;   
					  controller_mux2_1_1_or_disp  = d_mux2_1_1_or_disp;
					  controller_mux5_1 				 = d_mux5_1;          
					  controller_mux2_1_r2_rd 		 = d_mux2_1_r2_rd; // rd was selected   
				     controller_mux3_1 				 = 2'b00; // INP Data port          
					  controller_mux2_1_gpr2_const = d_mux2_1_gpr2_const;// 1: const selected
					  controller_gpr_write_en 		 = 1'b1;    
					  controller_reti_signal 		 = d_reti_signal;            
					  controller_port_write 		 = d_port_write;      
					  controller_port_read 			 = d_port_read;       
					  controller_push_pop  			 = d_push_pop;       
					  controller_tri_state_buffer  = 1'b0;
					  controller_stack_en 			 = d_stack_en;
					  controller_branch_taken	    = 1'b0;
                 end

     6'b100101 : begin
                 $display("Memory I/O : INP");
						 
					  controller_alu_fn 				 = 4'b0000;     
					  controller_dmem_write_en 	 = d_dmem_write_en;   
					  controller_mux2_1_1_or_disp  = d_mux2_1_1_or_disp;
					  controller_mux5_1 				 = d_mux5_1;          
					  controller_mux2_1_r2_rd 		 = d_mux2_1_r2_rd; // rd was selected   
				     controller_mux3_1 				 = 2'b00; // INP Data port          
					  controller_mux2_1_gpr2_const = d_mux2_1_gpr2_const;// 1: const selected
					  controller_gpr_write_en 		 = 1'b1;    
					  controller_reti_signal 		 = d_reti_signal;            
					  controller_port_write 		 = d_port_write;      
					  controller_port_read 			 = d_port_read;       
					  controller_push_pop  			 = d_push_pop;       
					  controller_tri_state_buffer  = 1'b0;
					  controller_stack_en 			 = d_stack_en;
					  controller_branch_taken	    = 1'b0;
                 end
					  
     6'b100110 : begin
                 if(controller_port_ready == 1'b1)
                 begin
                 $display("Memory I/O : OUT");
					  controller_alu_fn 				 = 4'b000;     
					  controller_dmem_write_en 	 = d_dmem_write_en;   
					  controller_mux2_1_1_or_disp  = d_mux2_1_1_or_disp;
					  controller_mux5_1 				 = d_mux5_1;          
					  controller_mux2_1_r2_rd 		 = 1'b1; // rd was selected   
				     controller_mux3_1 				 = d_mux3_1; // INP Data port          
					  controller_mux2_1_gpr2_const = 1'b1;// 1: const selected
					  controller_gpr_write_en 		 = d_gpr_write_en;    
					  controller_reti_signal 		 = d_reti_signal;            
					  controller_port_write 		 = d_port_write;      
					  controller_port_read 			 = d_port_read;       
					  controller_push_pop  			 = d_push_pop;       
					  controller_tri_state_buffer  = 1'b1;
					  controller_stack_en 			 = d_stack_en;
					  controller_branch_taken	    = 1'b0;

                 end
                 else
                 $display("Memory I/O : PORT NOT READY");
                 end//OUT Data port

     6'b100111 : begin
                 if(controller_port_ready == 1'b1)
                 begin
                 $display("Memory I/O : OUT");
					  controller_alu_fn 				 = 4'b000;     
					  controller_dmem_write_en 	 = d_dmem_write_en;   
					  controller_mux2_1_1_or_disp  = d_mux2_1_1_or_disp;
					  controller_mux5_1 				 = d_mux5_1;          
					  controller_mux2_1_r2_rd 		 = 1'b1; // rd was selected   
				     controller_mux3_1 				 = d_mux3_1; // INP Data port          
					  controller_mux2_1_gpr2_const = 1'b1;// 1: const selected
					  controller_gpr_write_en 		 = d_gpr_write_en;    
					  controller_reti_signal 		 = d_reti_signal;            
					  controller_port_write 		 = d_port_write;      
					  controller_port_read 			 = d_port_read;       
					  controller_push_pop  			 = d_push_pop;       
					  controller_tri_state_buffer  = 1'b1;
					  controller_stack_en 			 = d_stack_en;
					  controller_branch_taken	    = 1'b0;

                 end
                 else
                 $display("Memory I/O : PORT NOT READY");
                 end//OUT Data port 
					 
     6'b101000 : begin
                 $display("Branch INSTRUCTION : Branch if zero");
						    
					  controller_dmem_write_en 	 = 1'b0;   
					  controller_gpr_write_en 		 = 1'b0;    
                 controller_branch_taken = controller_cc_z; //Branch if zero
                 if(controller_branch_taken  != 1'b1)
                 begin
					  controller_mux2_1_1_or_disp  = 1'b0;
					  controller_mux5_1 				 = 3'b001;
					  controller_branch_taken	    = 1'b0;
                 end
                 else
                 begin 
					  controller_mux2_1_1_or_disp  = 1'b1; // displacement was selected
					  controller_mux5_1 				 = 3'b001;
                 end              
                 end

     6'b101001 : begin
                 $display("Branch INSTRUCTION : Branch if zero");
						    
					  controller_dmem_write_en 	 = 1'b0;   
					  controller_gpr_write_en 		 = 1'b0;    
                 controller_branch_taken = controller_cc_z; //Branch if zero
                 if(controller_branch_taken  != 1'b1)
                 begin
					  controller_mux2_1_1_or_disp  = 1'b0;
					  controller_mux5_1 				 = 3'b001;
					  controller_branch_taken	    = 1'b0;
                 end
                 else
                 begin 
					  controller_mux2_1_1_or_disp  = 1'b1; // displacement was selected
					  controller_mux5_1 				 = 3'b001;
                 end              
                 end 
 
     6'b101010 : begin
                 $display("Branch INSTRUCTION : Branch if not zero");   
					  controller_dmem_write_en 	 = 1'b0;   
					  controller_gpr_write_en 		 = 1'b0;    
                 controller_branch_taken = ~(controller_cc_z); // Branch not zero
                 if(controller_branch_taken == 1'b1)
                 begin 
					  controller_mux2_1_1_or_disp  = 1'b1; // displacement was selected
					  controller_mux5_1 				 = 3'b001;
					  controller_branch_taken	    = 1'b0;					  
                 end
					  
                 else
                 begin
					  controller_mux2_1_1_or_disp  = 1'b0;
					  controller_mux5_1 				 = 3'b001;   				  
                 end  
                 end

     6'b101011 : begin
                 $display("Branch INSTRUCTION : Branch if not zero");   
					  controller_dmem_write_en 	 = 1'b0;   
					  controller_gpr_write_en 		 = 1'b0;    
                 controller_branch_taken = ~(controller_cc_z); // Branch not zero
                 if(controller_branch_taken == 1'b1)
                 begin 
					  controller_mux2_1_1_or_disp  = 1'b1; // displacement was selected
					  controller_mux5_1 				 = 3'b001;
					  controller_branch_taken	    = 1'b0;
                 end
					  
                 else
                 begin
					  controller_mux2_1_1_or_disp  = 1'b0;
					  controller_mux5_1 				 = 3'b001;   
                 end  
                 end
                 
     6'b101100 : begin
                 $display("Branch INSTRUCTION : Branch if carry");			     
					  controller_dmem_write_en 	 = 1'b0;   
					  controller_gpr_write_en 		 = 1'b0;    
                 controller_branch_taken = controller_cc_c; //Branch if carry
                 if(controller_branch_taken != 1'b1)
                 begin		  
                 controller_mux2_1_1_or_disp = 1'b0; // 1 was seleted
                 controller_mux5_1           = 3'b001;
					  controller_branch_taken	    = 1'b0;
                 end
                 else
                 begin	  
                 controller_mux2_1_1_or_disp = 1'b1; // displacement was selected
                 controller_mux5_1           = 3'b001;
                 end  
                 end

     6'b101101 : begin
                 $display("Branch INSTRUCTION : Branch if carry");			     
					  controller_dmem_write_en 	 = 1'b0;   
					  controller_gpr_write_en 		 = 1'b0;    
                 controller_branch_taken = controller_cc_c; //Branch if carry
                 if(controller_branch_taken != 1'b1)
                 begin		  
                 controller_mux2_1_1_or_disp = 1'b0; // 1 was seleted
                 controller_mux5_1           = 3'b001;
					  controller_branch_taken	    = 1'b0;
                 end
                 else
                 begin	  
                 controller_mux2_1_1_or_disp = 1'b1; // displacement was selected
                 controller_mux5_1           = 3'b001;
                 end  
                 end
					  
     6'b101110 : begin
                 $display("Branch INSTRUCTION : Branch if not carry");
                   
					  controller_dmem_write_en 	 = 1'b0;   
					  controller_gpr_write_en 		 = 1'b0;    
                 controller_branch_taken = ~(controller_cc_c); //Branch if not carry
                 if(controller_branch_taken == 1'b1)
                 begin  
                 controller_mux2_1_1_or_disp = 1'b1; // displacement was selected
                 controller_mux5_1           = 3'b001;
					  controller_branch_taken	    = 1'b0;
                 end
                 else
                 begin
                 controller_mux2_1_1_or_disp = 1'b0; // displacement was selected
                 controller_mux5_1           = 3'b001;
					  end  
                 end

     6'b101111 : begin
                 $display("Branch INSTRUCTION : Branch if not carry");
                   
					  controller_dmem_write_en 	 = 1'b0;   
					  controller_gpr_write_en 		 = 1'b0;    
                 controller_branch_taken = ~(controller_cc_c); //Branch if not carry
                 if(controller_branch_taken == 1'b1)
                 begin  
                 controller_mux2_1_1_or_disp = 1'b1; // displacement was selected
                 controller_mux5_1           = 3'b001;
					  controller_branch_taken	    = 1'b0;
                 end
                 else
                 begin
                 controller_mux2_1_1_or_disp = 1'b0; // displacement was selected
                 controller_mux5_1           = 3'b001;
					  end  
                 end 
					 
     6'b111000 : begin
                 $display("JMP INSTRUCTION");
					  
					  controller_alu_fn 				 = d_alu_fn;     
					  controller_dmem_write_en 	 = d_dmem_write_en;   
					  controller_mux2_1_1_or_disp  = d_mux2_1_1_or_disp;
					  controller_mux5_1 				 = 3'b010; // 2: pc_address for jump instruction         
					  controller_mux2_1_r2_rd 		 = d_mux2_1_r2_rd; 
				     controller_mux3_1 				 = d_mux3_1;        
					  controller_mux2_1_gpr2_const = d_mux2_1_gpr2_const;
					  controller_gpr_write_en 		 = d_gpr_write_en;    
					  controller_reti_signal 		 = d_reti_signal;            
					  controller_port_write 		 = d_port_write;      
					  controller_port_read 			 = d_port_read;       
					  controller_push_pop  			 = d_push_pop;       
					  controller_tri_state_buffer  = d_tri_state_buffer;
					  controller_stack_en 			 = d_stack_en;
					  controller_branch_taken	    = 1'b0;
                 end

     6'b111001 : begin
                 $display("JMP INSTRUCTION");
					  
					  controller_alu_fn 				 = d_alu_fn;     
					  controller_dmem_write_en 	 = d_dmem_write_en;   
					  controller_mux2_1_1_or_disp  = d_mux2_1_1_or_disp;
					  controller_mux5_1 				 = 3'b010; // 2: pc_address for jump instruction         
					  controller_mux2_1_r2_rd 		 = d_mux2_1_r2_rd; 
				     controller_mux3_1 				 = d_mux3_1;        
					  controller_mux2_1_gpr2_const = d_mux2_1_gpr2_const;
					  controller_gpr_write_en 		 = d_gpr_write_en;    
					  controller_reti_signal 		 = d_reti_signal;            
					  controller_port_write 		 = d_port_write;      
					  controller_port_read 			 = d_port_read;       
					  controller_push_pop  			 = d_push_pop;       
					  controller_tri_state_buffer  = d_tri_state_buffer;
					  controller_stack_en 			 = d_stack_en;
					  controller_branch_taken	    = 1'b0;
                 end
					  
     6'b111010 : begin
                 $display("JSB INSTRUCTION");
					  
					  controller_alu_fn 				 = d_alu_fn;     
					  controller_dmem_write_en 	 = d_dmem_write_en;   
					  controller_mux2_1_1_or_disp  = d_mux2_1_1_or_disp;
					  controller_mux5_1 				 = 3'b010; // 2: pc_address for jump instruction         
					  controller_mux2_1_r2_rd 		 = d_mux2_1_r2_rd; 
				     controller_mux3_1 				 = d_mux3_1;        
					  controller_mux2_1_gpr2_const = d_mux2_1_gpr2_const;
					  controller_gpr_write_en 		 = d_gpr_write_en;    
					  controller_reti_signal 		 = d_reti_signal;            
					  controller_port_write 		 = d_port_write;      
					  controller_port_read 			 = d_port_read;       
					  controller_push_pop  			 = 1'b0;       
					  controller_tri_state_buffer  = d_tri_state_buffer;
					  controller_stack_en 			 = 1'b1;
					  controller_branch_taken	    = 1'b0;
					  end

     6'b111011 : begin
                 $display("JSB INSTRUCTION");
					  
					  controller_alu_fn 				 = d_alu_fn;     
					  controller_dmem_write_en 	 = d_dmem_write_en;   
					  controller_mux2_1_1_or_disp  = d_mux2_1_1_or_disp;
					  controller_mux5_1 				 = 3'b010; // 2: pc_address for jump instruction         
					  controller_mux2_1_r2_rd 		 = d_mux2_1_r2_rd; 
				     controller_mux3_1 				 = d_mux3_1;        
					  controller_mux2_1_gpr2_const = d_mux2_1_gpr2_const;
					  controller_gpr_write_en 		 = d_gpr_write_en;    
					  controller_reti_signal 		 = d_reti_signal;            
					  controller_port_write 		 = d_port_write;      
					  controller_port_read 			 = d_port_read;       
					  controller_push_pop  			 = 1'b0;       
					  controller_tri_state_buffer  = d_tri_state_buffer;
					  controller_stack_en 			 = 1'b1;
					  controller_branch_taken	    = 1'b0;
					  end
					 
     default   : begin
					  controller_alu_fn            = d_alu_fn;
					  controller_dmem_write_en     = d_dmem_write_en;
					  controller_mux2_1_1_or_disp  = 1'b0;
					  controller_mux5_1            = 3'b001;
					  controller_mux2_1_r2_rd      = d_mux2_1_r2_rd;
					  controller_mux3_1            = d_mux3_1;
					  controller_mux2_1_gpr2_const = d_mux2_1_gpr2_const;
					  controller_gpr_write_en      = d_gpr_write_en;
					  controller_reti_signal       = d_reti_signal;
					  controller_int_en            = d_int_en;
					  controller_port_write        = d_port_write;
					  controller_port_read         = d_port_read;
					  controller_push_pop          = d_push_pop;
					  controller_tri_state_buffer  = d_tri_state_buffer;
					  controller_stack_en          = d_stack_en;
					  controller_branch_taken	    = 1'b0;
                end
    endcase
	 
	 if (controller_int_en == 1'b1 && controller_int_req == 1'b1)
    begin
    $display("INTERRUPT");
    controller_mux5_1 = 3'b000; // 0: 1 for interrupt
		if(controller_ack == 1'b1)
      begin
      controller_int_en = 1'b0;
      end
    end

end
end
endmodule